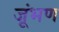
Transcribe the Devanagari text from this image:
जूंभण